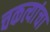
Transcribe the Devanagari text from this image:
चकत्यांचा